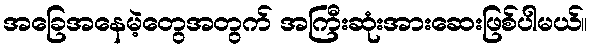
အခြေအနေမဲ့တွေအတွက် အကြီးဆုံးအားဆေးဖြစ်ပါမယ်။